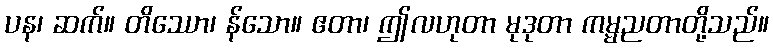
ပန၊ ဆက်။ တိဿော၊ န်သော။ ဧတာ၊ ဤလဟုတာ မုဒုတာ ကမ္မညတာတို့သည်။